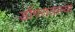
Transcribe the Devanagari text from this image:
डोंगरातल्या